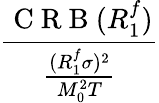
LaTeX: \frac{\mathrm{~C~R~B~}(R_{1}^{f})}{\frac{(R_{1}^{f}\sigma)^{2}}{M_{0}^{2}T}}